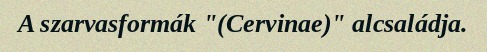
A szarvasformák "(Cervinae)" alcsaládja.